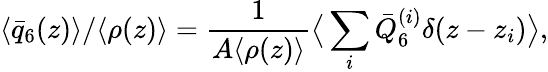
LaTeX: \langle\bar{q}_{6}(z)\rangle/\langle\rho(z)\rangle=\frac{1}{A\langle\rho(z)\rangle}\big\langle\sum_{i}\bar{Q}_{6}^{(i)}\delta(z-z_{i})\big\rangle,